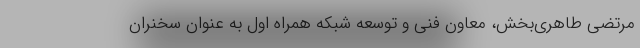
مرتضی طاهری‌بخش، معاون فنی و توسعه شبکه همراه اول به عنوان سخنران